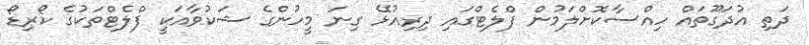
ދަތި އުދަގޫތައް ހިއްސާކޮށްލަމުން ފްލެޓްގައި ދިރިއުޅޭ ގިނަ މީހުންގެ ޝަކުވާއަކީ ފްލެޓްތަކުގެ ކޯރިޑޯ